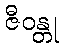
ဇီဝန္တု